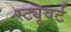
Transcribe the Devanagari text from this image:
स्ट्यूवर्ट